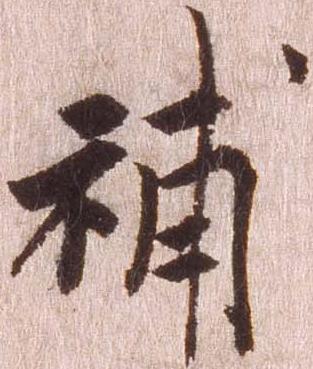
補